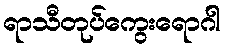
ရာသီတုပ်ကွေးရောဂါ